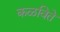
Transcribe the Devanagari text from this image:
कळविते